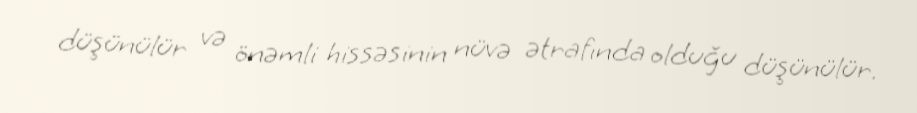
düşünülür və önəmli hissəsinin nüvə ətrafında olduğu düşünülür.